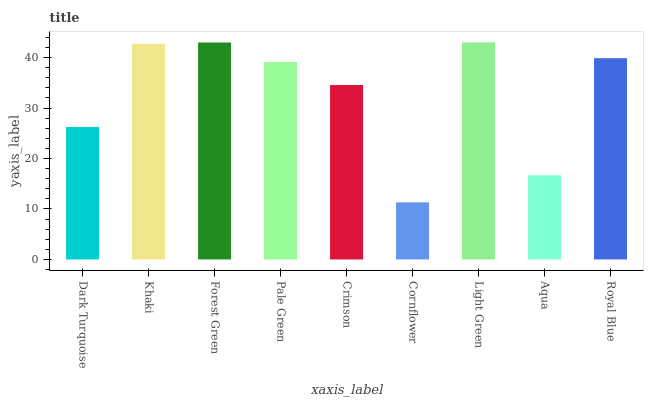
| xaxis_label | bars |
 | --- | --- |
 | Dark Turquoise | 26.2 |
 | Khaki | 42.7 |
 | Forest Green | 43 |
 | Pale Green | 39.1 |
 | Crimson | 34.6 |
 | Cornflower | 11.3 |
 | Light Green | 43 |
 | Aqua | 16.7 |
 | Royal Blue | 39.9 |